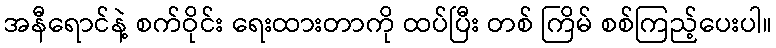
အနီရောင်နဲ့ စက်ဝိုင်း ရေးထားတာကို ထပ်ပြီး တစ် ကြိမ် စစ်ကြည့်ပေးပါ။